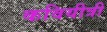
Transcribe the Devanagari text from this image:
कवियीत्री